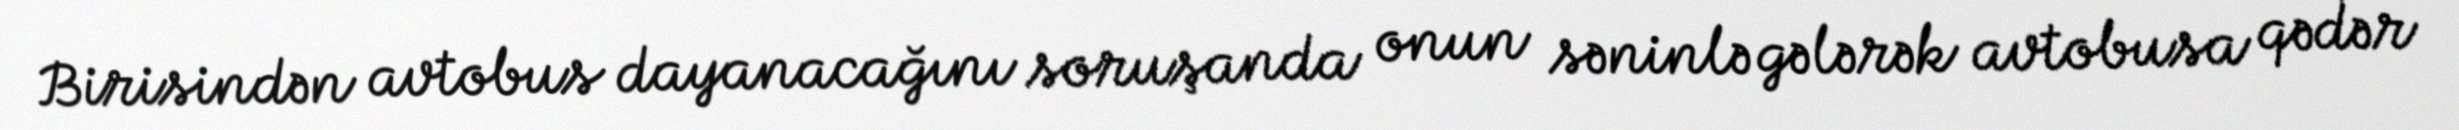
Birisindən avtobus dayanacağını soruşanda onun səninlə gələrək avtobusa qədər